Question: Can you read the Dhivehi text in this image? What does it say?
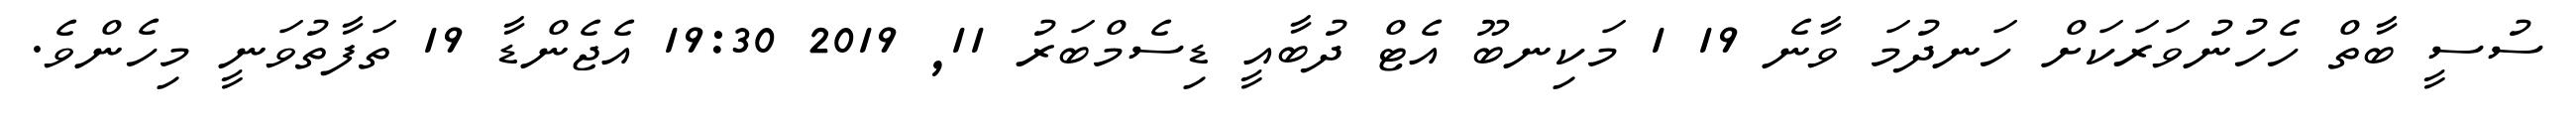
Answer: ސުސީ ބާތް ހެހުނުވަރަކަށް ހަނދުމަ ވާނެ 19 1 މަކިނބޫ އެޓް ދުބާއީ ޑިސެމްބަރު 11, 2019 19:30 އެޖެންޑާ 19 ތަފާތުވަނީ މިހެންވެ.